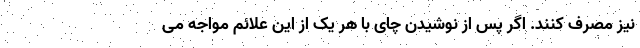
نیز مصرف کنند. اگر پس از نوشیدن چای با هر یک از این علائم مواجه می